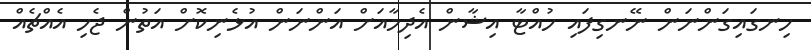
ހިނގައިގަންނަން ނޭނގިފައި ހުއްޓާ އިޝާން އެދިމާއަށް އަންނަން އުޅެނިކޮށް އަތުން ޖެހި އެއްޗެއް